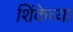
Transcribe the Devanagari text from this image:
शिंकेच्या